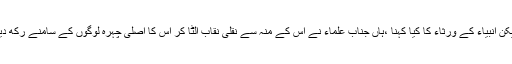
لیکن انبیاء کے ورثاء کا کیا کہنا ،ہاں جناب علماء نے اس کے منہ سے نقلی نقاب الٹا کر اس کا اصلی چہرہ لوگوں کے سامنے رکھ دیا۔